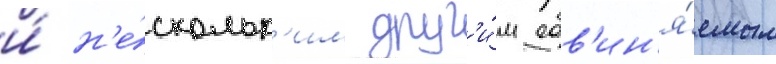
и́ н'е́скольк'им друг'и́м обв'ин'я́емым